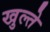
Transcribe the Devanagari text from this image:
खुल्ते